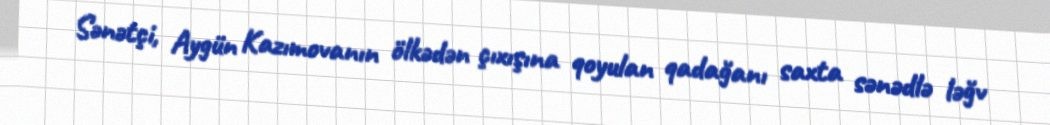
Sənətçi, Aygün Kazımovanın ölkədən çıxışına qoyulan qadağanı saxta sənədlə ləğv